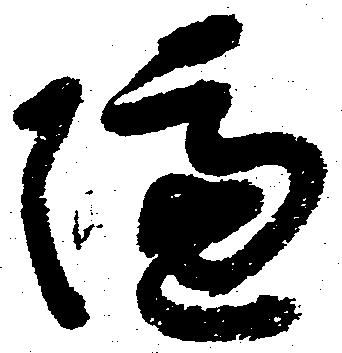
隔